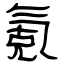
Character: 氪